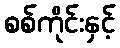
စစ်ကိုင်းနှင့်